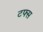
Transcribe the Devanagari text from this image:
टफ्स